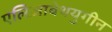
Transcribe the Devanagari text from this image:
एलिज़ाबेथयुगीन